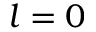
l = 0